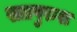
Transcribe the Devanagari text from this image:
सतपुरुश